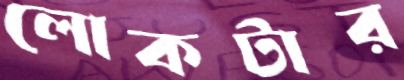
লোকটার